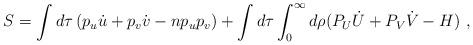
LaTeX: \begin{align*}S = \int d\tau\left(p_u\dot{u} + p_v\dot{v} - np_up_v\right) + \int d\tau\int_0^\infty d\rho(P_U\dot{U} + P_V\dot{V} - H)\ ,\end{align*}